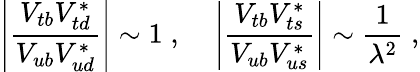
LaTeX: \left|\frac{V_{tb}V_{td}^{*}}{V_{ub}V_{ud}^{*}}\right|\sim 1\; ,\; \; \; \; \left|\frac{V_{tb}V_{ts}^{*}}{V_{ub}V_{us}^{*}}\right|\sim\frac{1}{\lambda^{2}}\; ,